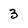
Character: 3